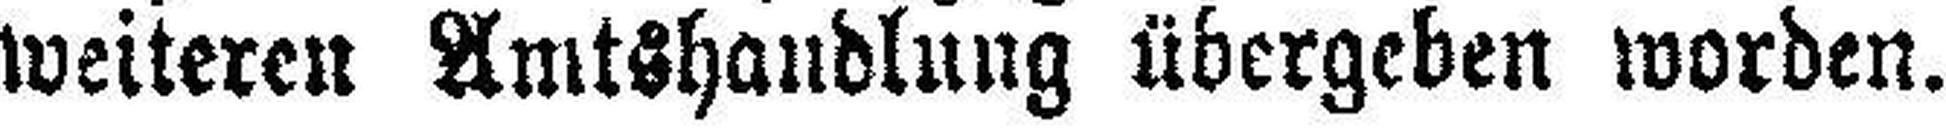
weiteren Amtshandlung übergeben worden.